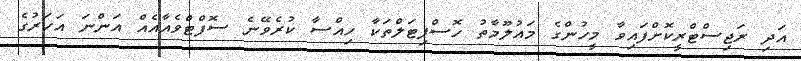
އަދި ރަޖިސްޓްރީކޮށްފައިވާ މީހުންގެ މައުލޫމާތު ހޮސްޕިޓަލްތަކާ ހިއްސާ ކުރެވޭނެ ސޮފްޓްވެއާއެއް އަންނަ އަހަރުގެ